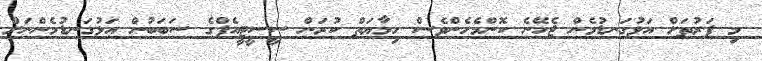
މި ފަރުތަށް އަޅުގަނޑުމެން ޖެހޭނެ ކޮންމެހެންވެސް ހިމާޔަތް ކުރަން ސީސީޓީއެފްގެ ސަބަބުން އަޅުގަނޑުމެންނަށް